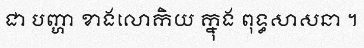
ជា បញ្ហា ខាងលោកិយ ក្នុង ពុទ្ធសាសនា ។